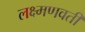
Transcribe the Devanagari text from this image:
लक्ष्मणवती